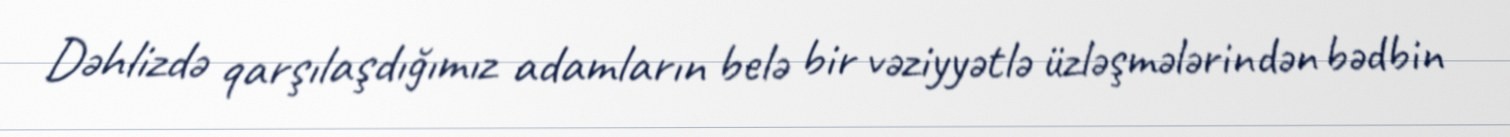
Dəhlizdə qarşılaşdığımız adamların belə bir vəziyyətlə üzləşmələrindən bədbin